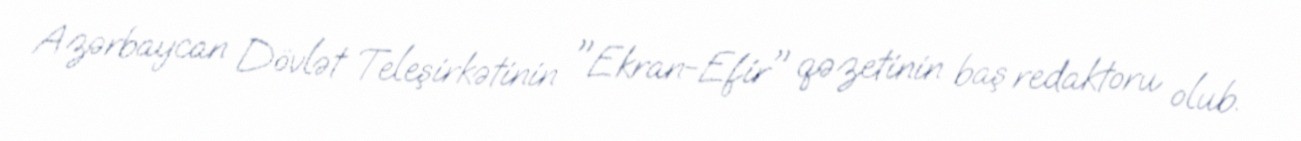
Azərbaycan Dövlət Teleşirkətinin "Ekran-Efir" qəzetinin baş redaktoru olub.